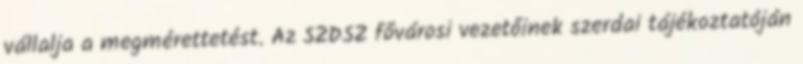
vállalja a megmérettetést. Az SZDSZ fővárosi vezetőinek szerdai tájékoztatóján